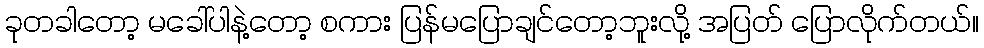
ခုတခါတော့ မခေါ်ပါနဲ့တော့ စကား ပြန်မပြောချင်တော့ဘူးလို့ အပြတ် ပြောလိုက်တယ်။